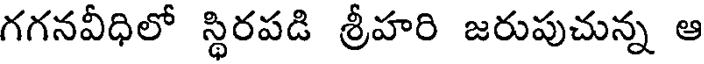
గగనవీధిలో స్థిరపడి శ్రీహరి జరుపుచున్న ఆ